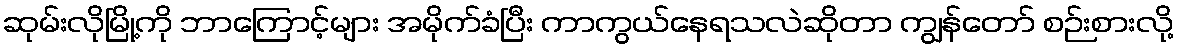
ဆုမ်းလိုမြို့ကို ဘာကြောင့်များ အမိုက်ခံပြီး ကာကွယ်နေရသလဲဆိုတာ ကျွန်တော် စဉ်းစားလို့